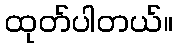
ထုတ်ပါတယ်။